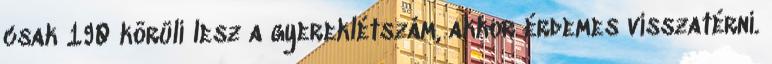
csak 190 körüli lesz a gyereklétszám, akkor érdemes visszatérni.